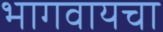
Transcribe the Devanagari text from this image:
भागवायचा